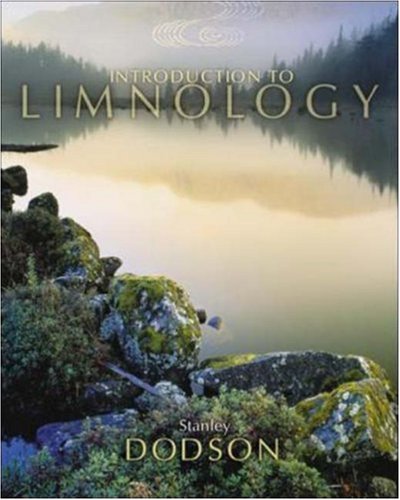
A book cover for Introduction to Limnology; Stanley Dodson; Science & Math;